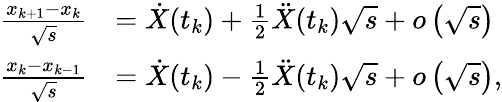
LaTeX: \begin{array}{rl}{\frac{x_{k+1}-x_{k}}{\sqrt{s}}}&{=\dot{X}(t_{k})+\frac{1}{2}\ddot{X}(t_{k})\sqrt{s}+o\left(\sqrt{s}\right)}\\ {\frac{x_{k}-x_{k-1}}{\sqrt{s}}}&{=\dot{X}(t_{k})-\frac{1}{2}\ddot{X}(t_{k})\sqrt{s}+o\left(\sqrt{s}\right),}\end{array}